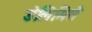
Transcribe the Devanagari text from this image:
डेलिमिते